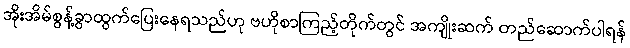
အိုးအိမ်စွန့်ခွာထွက်ပြေးနေရသည်ဟု ဗဟိုစာကြည့်တိုက်တွင် အကျိုးဆက် တည်ဆောက်ပါရန်